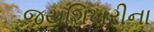
જયશિખરીના